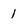
Character: 1